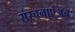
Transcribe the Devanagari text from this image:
संरचनाएंअब